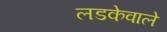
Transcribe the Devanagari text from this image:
लडकेवाले